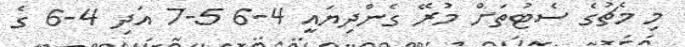
މި މެޗުގެ ސެޓުތަށް މުރޭ ގެންދިޔައީ 4-6 5-7 އަދި 4-6 ގެ